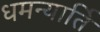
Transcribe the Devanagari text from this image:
धमन्यार्ति